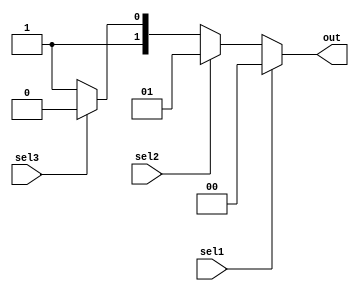
module ifelse (sel1, sel2, sel3, out);
  input sel1, sel2, sel3;
  output reg [1:0] out;
  always @(*) begin
    if (sel1) 
      out = 2'b00;
    else if (sel2)
      out = 2'b01;
    else if (sel3)
      out = 2'b10;
    else
      out = 2'b11;
  end
endmodule